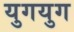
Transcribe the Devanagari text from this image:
युगयुग